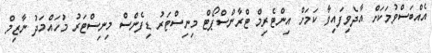
އެއްބަސްވުމަކަށް އާދެވިފައިވާ ކަމަށް އިންޓެރިމް ޓްރާންސްޕޯޓް މިނިސްޓަރު ޑިފެންސް މިނިސްޓަރު މުހައްމަދު ނާޒިމް